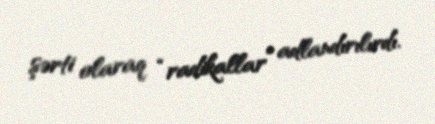
şərti olaraq “radikallar” adlandırılırdı.